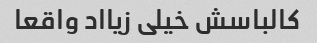
کالباسش خیلی زیااد واقعا